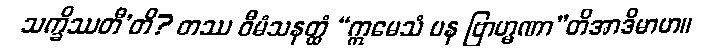
သက္ခိဿတီ’တိ? တဿ ဝီမံသနတ္ထံ “ဣမေသံ ပန ဗြာဟ္မဏာ”တိအာဒိမာဟ။